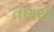
તણસા